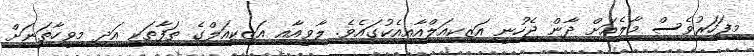
މިފަހަރުވެސް މާލެއަށް ދާން ޖެހުނީ އަޒިކިއަލްއާއިއެކުގައެވެ. ލާވީއާއި އަޒިކިއަލްގެ ތަފާތަކީ އަދި މިވީހާތަނަށް